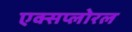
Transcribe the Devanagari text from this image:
एक्सप्लोरल